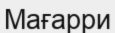
Мағарри